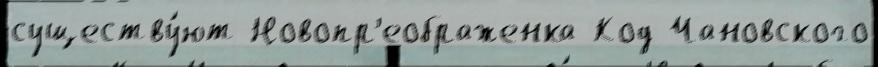
существу́ют Новопр'еображенка Код Чановского